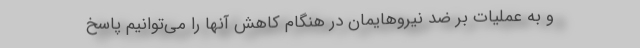
و به عملیات بر ضد نیروهایمان در هنگام کاهش آنها را می‌توانیم پاسخ